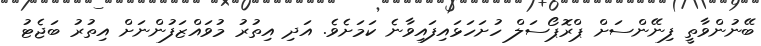
ބޭނުންވާތީ ފިނޭންސަށް ޕްރޮޕޯސަލް ހުށަހަޅައިފައިވާނެ ކަމަށެވެ. އަދި އިތުރު މުވައްޒަފުންނަށް އިތުރު ބަޖެޓު